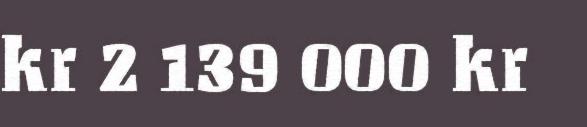
kr 2 139 000 kr